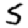
Digit: 5